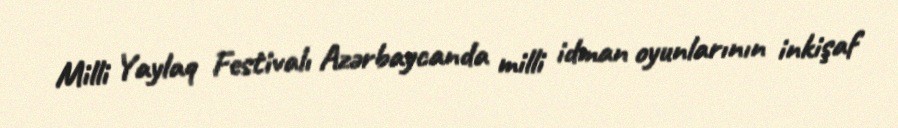
Milli Yaylaq Festivalı Azərbaycanda milli idman oyunlarının inkişaf